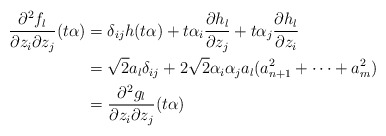
\begin{align*}\frac{\partial^2 f_l}{\partial z_i \partial z_j}(t\alpha)&=\delta_{ij}h(t\alpha)+t\alpha_i\frac{\partial h_l}{\partial z_j}+t\alpha_j\frac{\partial h_l}{\partial z_i}\\&=\sqrt{2}a_l\delta_{ij}+2\sqrt{2}\alpha_i\alpha_ja_l(a^2_{n+1}+\cdots+a^2_m)\\&=\frac{\partial^2 g_l}{\partial z_i \partial z_j}(t\alpha)\end{align*}